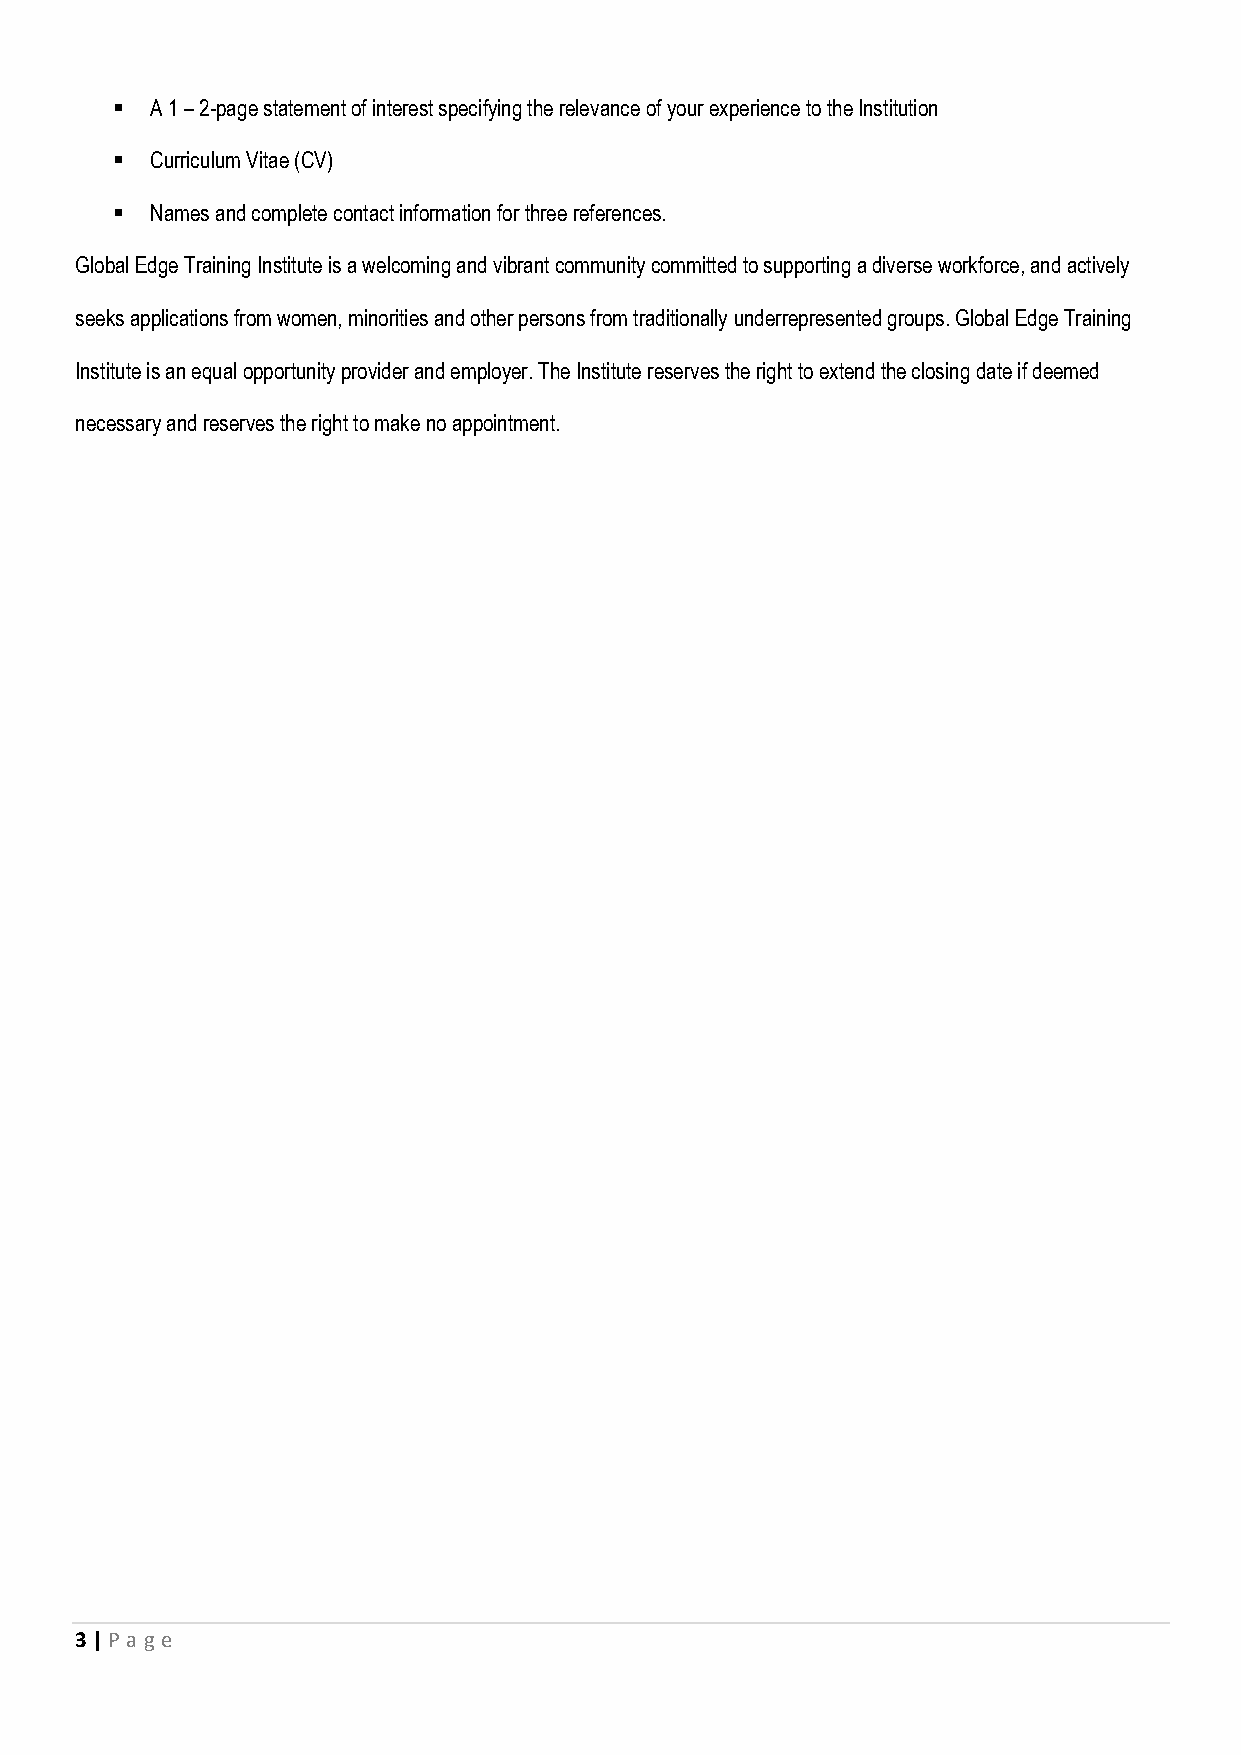
▪  A 1 – 2-page statement of interest specifying the relevance of your experience to the Institution
 ▪  Curriculum Vitae (CV)
 ▪  Names and complete contact information for three references.
 Global Edge Training Institute is a welcoming and vibrant community committed to supporting a diverse workforce, and actively
 seeks applications from women, minorities and other persons from traditionally underrepresented groups. Global Edge Training
 Institute is an equal opportunity provider and employer. The Institute reserves the right to extend the closing date if deemed
 necessary and reserves the right to make no appointment.
 3 | P age